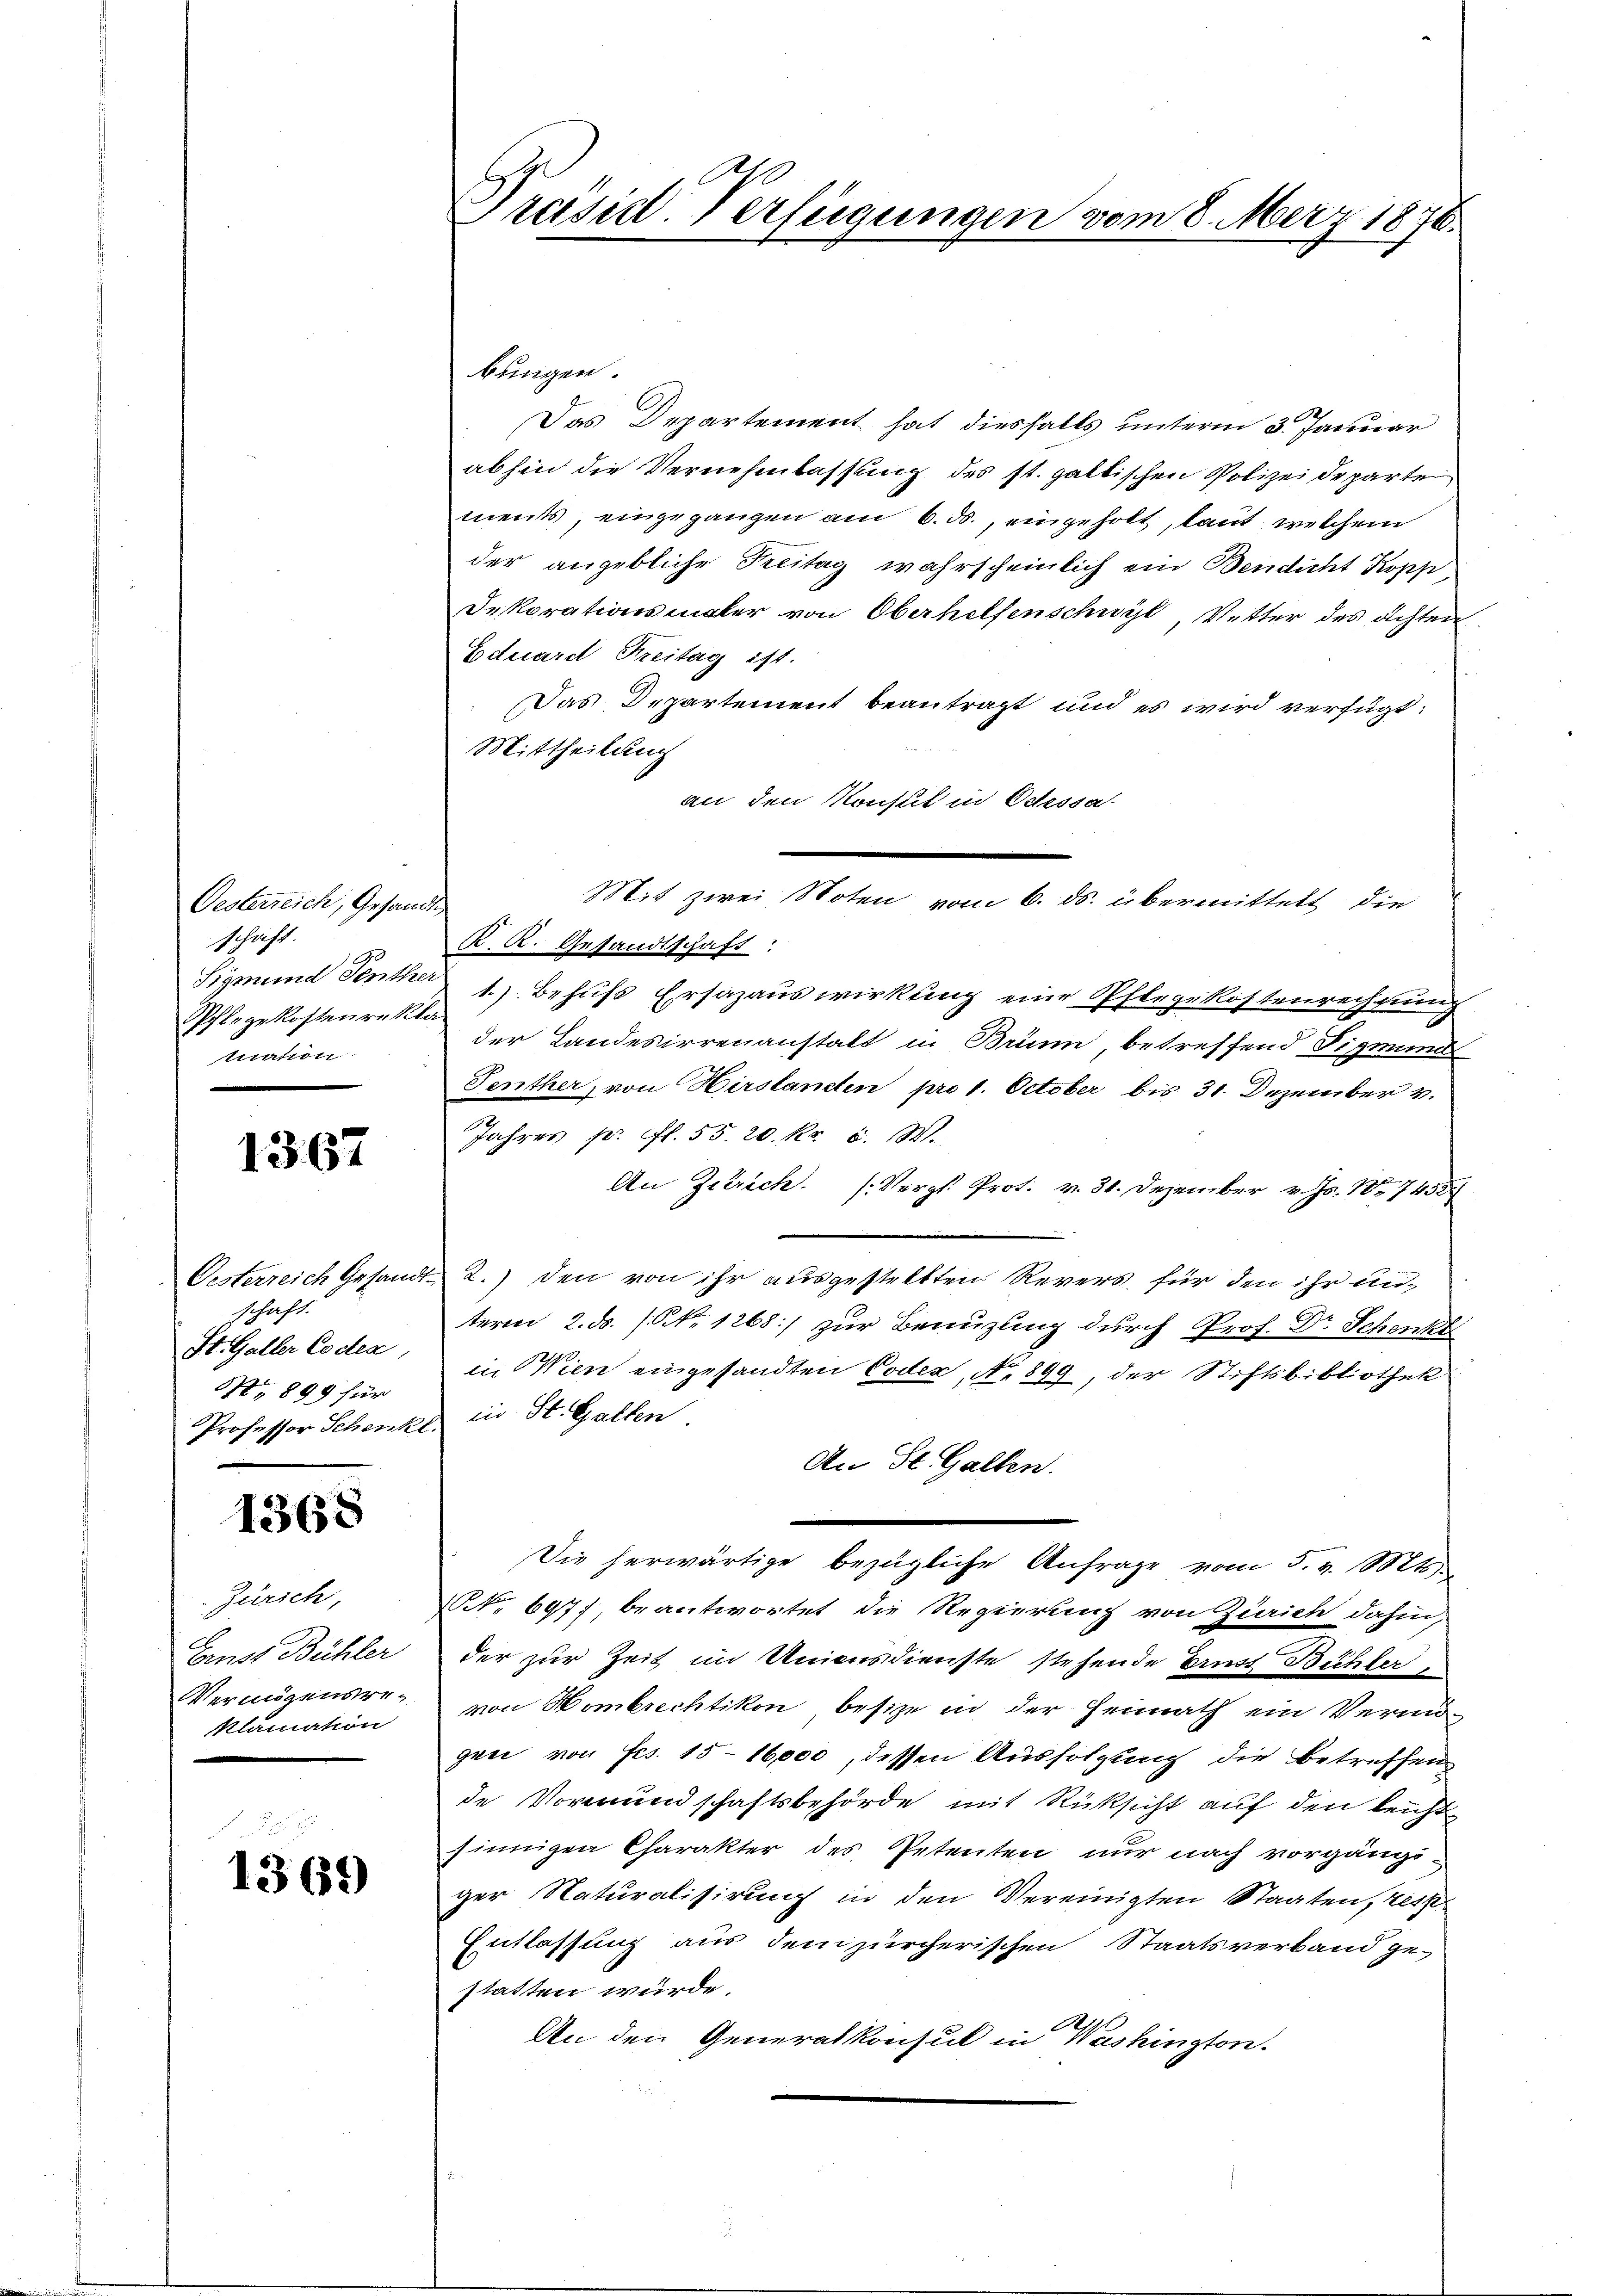
Oesterreich, Gesandte
schaft.
Pflegekostenrekla
tration

1367

schaft.
St. Galler Codex,
Nr. 899 für

4368

Zürich,
Ernst Bühler
Vermögensreklamation

1369

C
Präsid. Verfügungen vom 8. März 1870.

Das Departement hat diesfalls unterm 3. Januar
abhin die Vernehmlassung des st. galtischen Polizeideparte
ments, eingegangen am 6. ds., eingeholt, laut, welchem
der angebliche Reitag wahrscheinlich ein Bendicht Kopp,
Dekorationsmaler von Oberhelfenschwyl, Vetter des achten
Eduard Kreitag ist.
Das Departement beantragt und es wird verfügt:
Mittheilung
an den Konsul in Odessa
K. K. Gesandtschaft:
Sigmund den 1. Behufs Ersazauswirkung eine Pflegekostenrechnung
der Landesirrenanstalt in Brünn, betreffend Sigmunds
Penther, von Hirslandten pro 1. October bis 31. Dezember v.
Jahres pr fl. 55. 20. Kr. 8. W.
An Zutrich. (Vergl. Prot. v. 31. Dezember v. Js. Nr. 7455
Oesterreich Gesandt 2.) den von ihr ausgestellten Revers für den ihr unterm 2. ds. / No 1268:/ zur Benuzling durch Prof. Dr Schent
in Wien eingesandten Codex, No 899, der Stiftsbibliothek
Professor Schenke in St. Gallen.
An St. Gallen.
Die herwärtige bezügliche Anfrage vom 5. v. St
NNo. 697), beantwortet die Regierung von Zürich dahin,
der zur Zeit im Unionsdienste stehende Ernst Bühler
von Hombrechtikon besize in der Heimath ein Vermögen von Frs. 15 16,000, dessen Ausfolgung die betreffen
de Vormundschaftsbehörde mit Rüksicht auf den leicht
sinnigen Charakter des Petenten nur nach vorgängiger Naturalisirung in den Vereinigten Staaten, resse
Entlassung aus dem zürcherischen Staatsverband ge-
statten würde.
An den Generalkonsul in Washington

bringen.

Mat zur Seiten vom 1. 2. Cementlich die